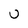
Character: U